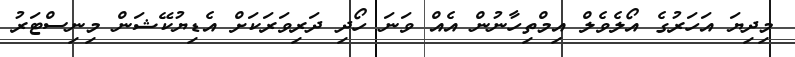
މިދިޔަ އަހަރުގެ އޯލެވެލް އިމްތިހާނުން އެއް ވަނަ ހޯދި ދަރިވަރަކަށް އެޑިޔުކޭޝަން މިނިސްޓަރު